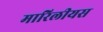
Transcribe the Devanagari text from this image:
मारिलीयस